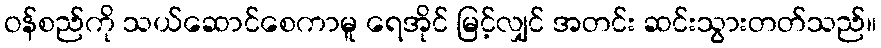
ဝန်စည်ကို သယ်ဆောင်စေကာမူ ရေအိုင် မြင့်လျှင် အတင်း ဆင်းသွားတတ်သည်။